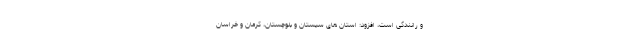
و رانندگی است، افزود: استان های سیستان و بلوچستان، کرمان و خراسان